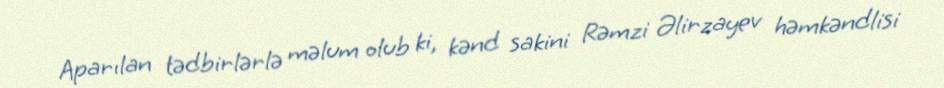
Aparılan tədbirlərlə məlum olub ki, kənd sakini Rəmzi Əlirzayev həmkəndlisi